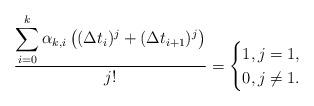
LaTeX: \begin{align*}\frac{\displaystyle\sum_{i=0}^{k}\alpha_{k,i}\left((\Delta t_i)^j+(\Delta t_{i+1})^j\right)}{j!}=\begin{cases}1,j=1,\\0, j \neq 1.\end{cases}\end{align*}